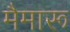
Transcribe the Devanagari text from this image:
मैमारू